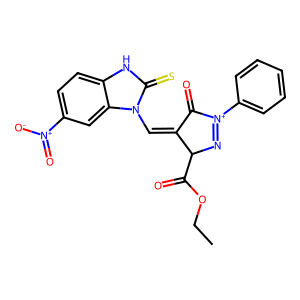
SMILES: CCOC(=O)C1N=[N+](c2ccccc2)C(=O)C1=Cn1c(=S)[nH]c2ccc([N+](=O)[O-])cc21
Inhibits HIV replication: No